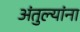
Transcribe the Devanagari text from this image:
अंतुल्यांना